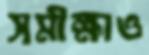
সমীক্ষাও